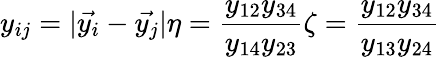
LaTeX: y_{ij}=|\vec{y_{i}}-\vec{y_{j}}|\eta=\frac{y_{12}y_{34}}{y_{14}y_{23}}\zeta=\frac{y_{12}y_{34}}{y_{13}y_{24}}